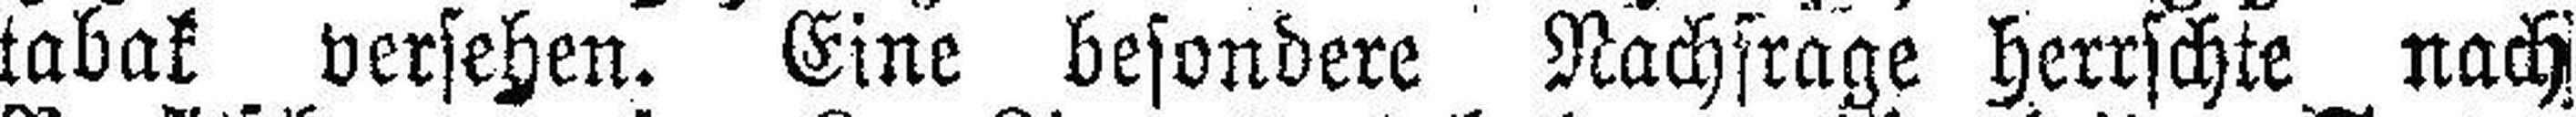
tabak versehen. Eine besondere Nachfrage herrschte nach